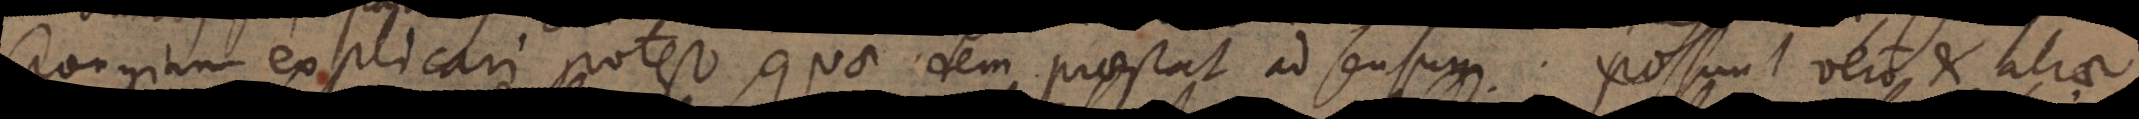
pongiam explicari potest, quae idem praestat ad sensum. Possunt vero et aliae